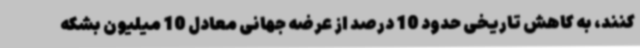
کنند، به کاهش تاریخی حدود 10 درصد از عرضه جهانی معادل 10 میلیون بشکه